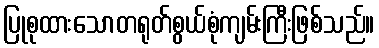
ပြုစုထားသောတရုတ်စွယ်စုံကျမ်းကြီးဖြစ်သည်။